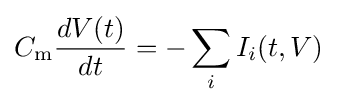
C_{\mathrm {m} }{\frac {dV(t)}{dt}}=-\sum _{i}I_{i}(t,V)